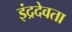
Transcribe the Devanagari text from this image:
इंद्रदेवता